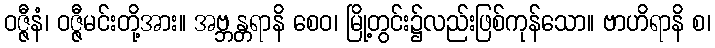
ဝဇ္ဇီနံ၊ ဝဇ္ဇီမင်းတို့အား။ အဗ္ဘန္တရာနိ စေဝ၊ မြို့တွင်း၌လည်းဖြစ်ကုန်သော။ ဗာဟိရာနိ စ၊